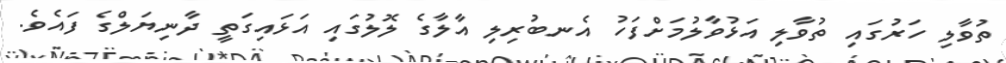
ތުވާލި ހަރުގައި ތުވާލި އަޅުވާލުމަށްފަހު އެނބުރިލި އާލާގެ ލޮލުގައި އަޅައިގަތީ ދާނިޔަލްގެ ފައެވެ.